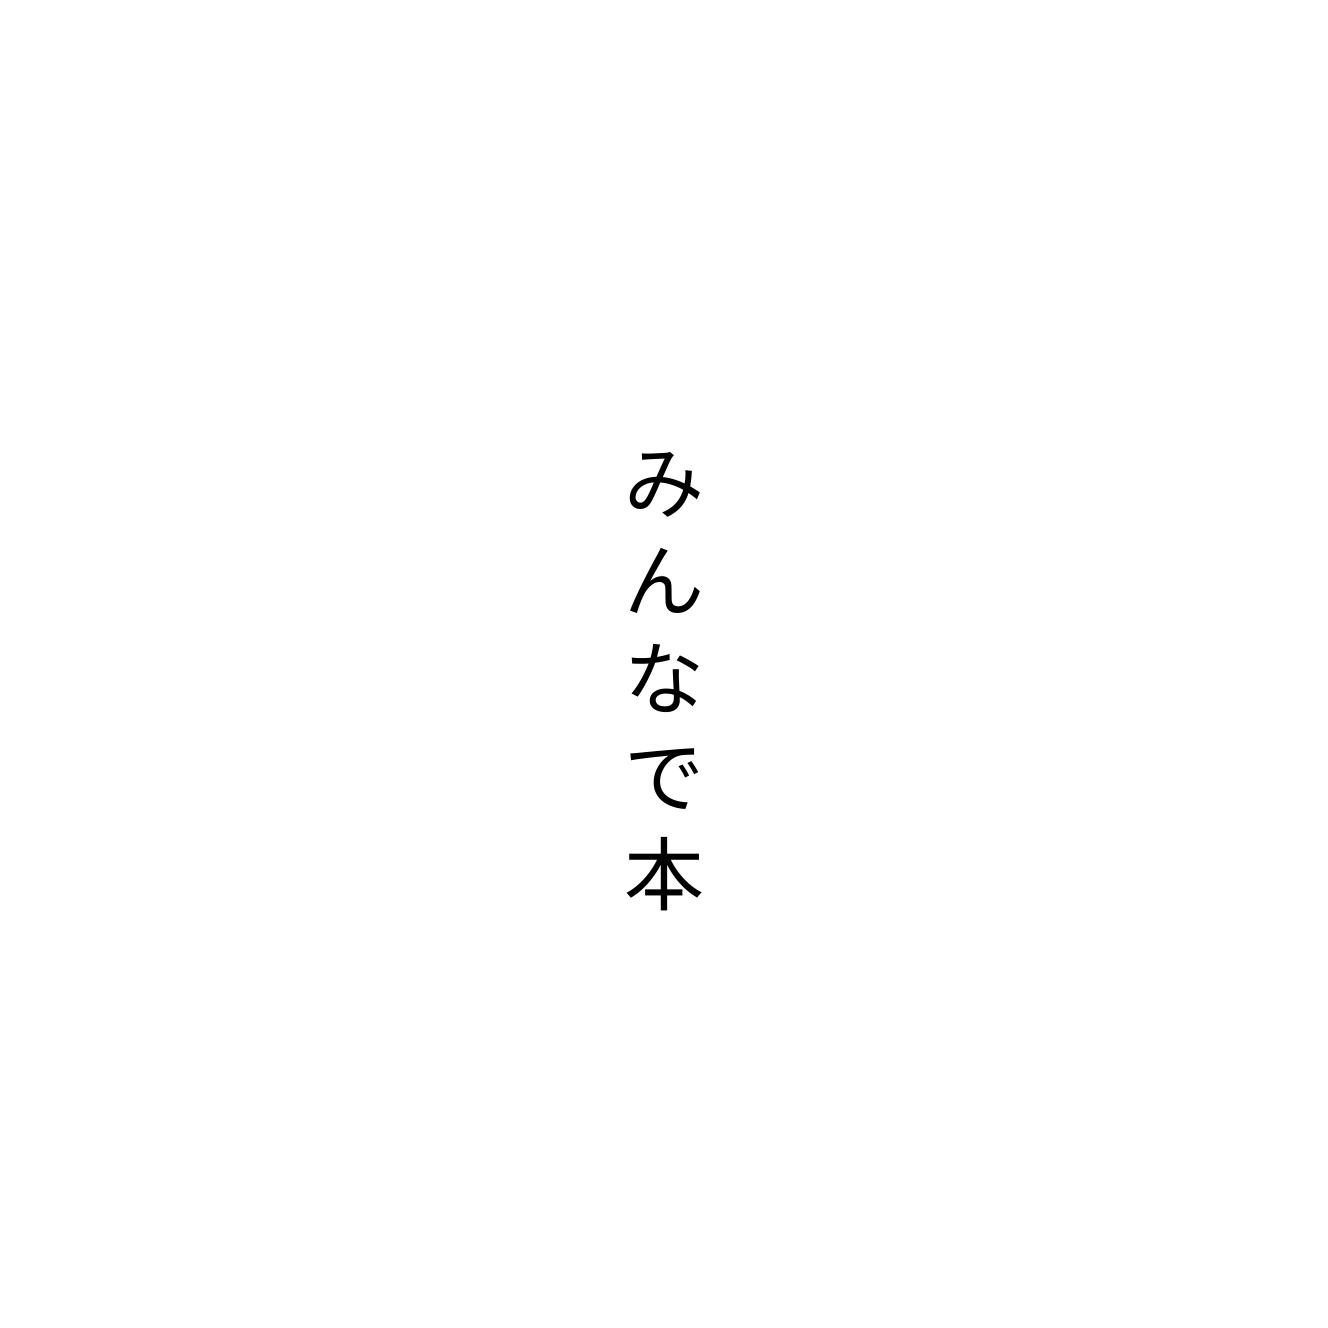
みんなで本